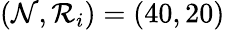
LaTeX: (\mathcal{N},\mathcal{{R}}_{i})=(40,20)